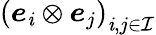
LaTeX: \left(\boldsymbol{e}_{\mathit{i}}\otimes\boldsymbol{e}_{j}\right)_{\mathit{i},j\in\mathcal{{I}}}